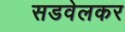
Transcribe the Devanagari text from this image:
सडवेलकर